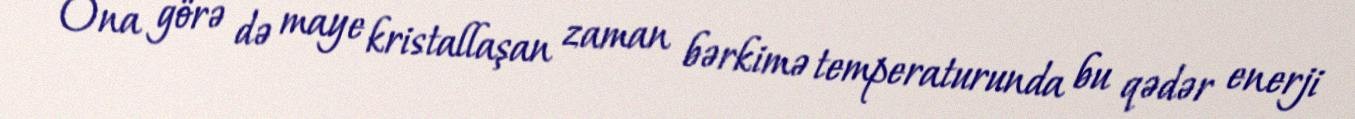
Ona görə də maye kristallaşan zaman bərkimə temperaturunda bu qədər enerji